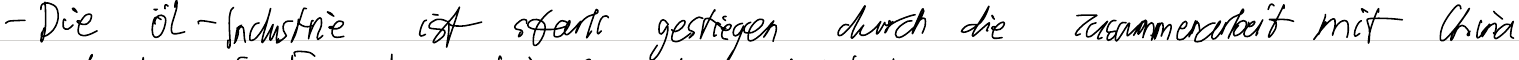
- Die Öl-Industrie ist stark gestiegen durch die Zusammenarbeit mit China